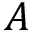
A